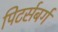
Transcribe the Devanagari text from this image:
पिटर्सबर्ग